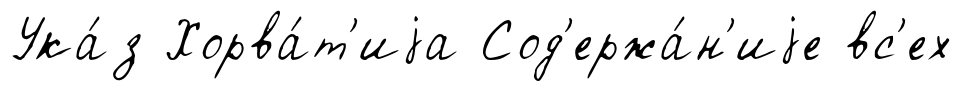
Ука́з Хорва́т'иjа Сод'ержа́н'иjе вс'ех